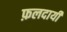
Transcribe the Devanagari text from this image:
फ़लदायी